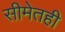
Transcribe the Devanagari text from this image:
सीमेतही